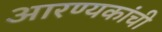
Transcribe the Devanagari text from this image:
आरण्यकांची